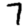
Digit: 7